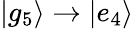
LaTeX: |g_{5}\rangle\to|e_{4}\rangle